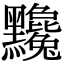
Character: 𪓄